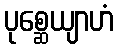
ပုစ္ဆေယျာဟံ